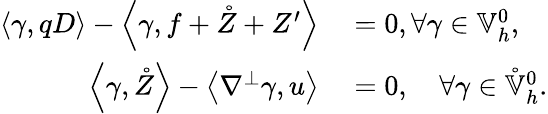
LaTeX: \begin{array}{rl}{\left\langle\gamma,qD\right\rangle-\left\langle\gamma,f+\mathring{Z}+Z^{\prime}\right\rangle}&{{}=0,\forall\gamma\in\mathbb{V}_{h}^{0},}\\ {\left\langle\gamma,\mathring{Z}\right\rangle-\left\langle\nabla^{\perp}\gamma,u\right\rangle}&{{}=0,\quad\forall\gamma\in\mathring{\mathbb{V}}_{h}^{0}.}\end{array}